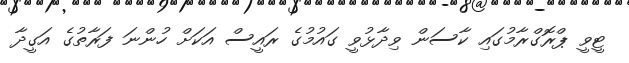
ޓީވީ ޕްރޮގްރާމުގައި ކާސަން ވިދާޅުވީ ގައުމުގެ ރައީސް އަކަށް ހުންނަ ފަރާތުގެ އަގީދާ